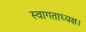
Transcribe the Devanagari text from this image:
स्वागताध्यक्ष।